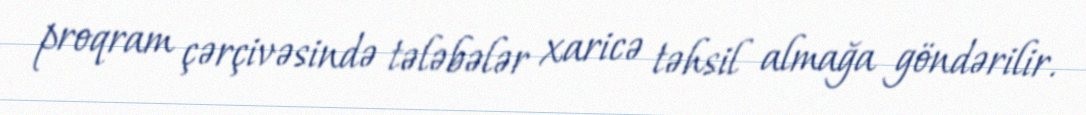
proqram çərçivəsində tələbələr xaricə təhsil almağa göndərilir.